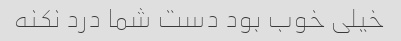
خیلی خوب بود دست شما درد نکنه